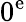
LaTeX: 0^{\mathrm{e}}